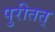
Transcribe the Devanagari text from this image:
पुरीतत्